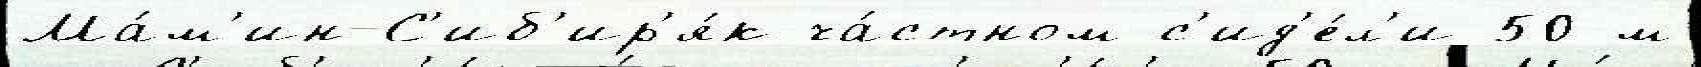
Ма́м'ин-С'иб'ир'я́к ча́стном с'ид'е́л'и 50-м